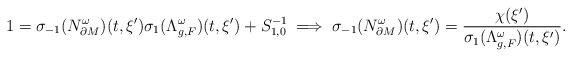
LaTeX: \begin{align*}1 = \sigma_{-1}(N^\omega_{\partial M})(t,\xi')\sigma_1(\Lambda_{g,F}^\omega)(t,\xi') + S^{-1}_{1,0} \implies \sigma_{-1}(N^\omega_{\partial M})(t,\xi') = \frac{\chi(\xi')}{\sigma_1(\Lambda_{g,F}^\omega)(t,\xi')}.\end{align*}